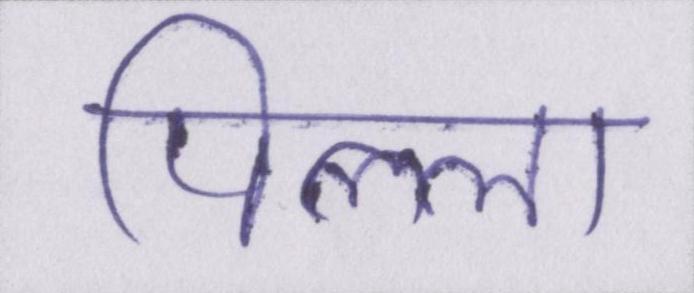
पिल्ला